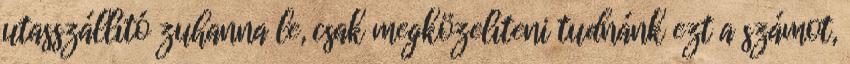
utasszállító zuhanna le, csak megközelíteni tudnánk ezt a számot,